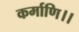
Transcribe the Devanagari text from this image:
कर्माणि।।